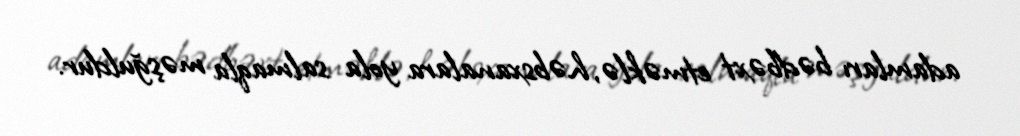
adamları bədbəxt etməklə, həbsxanalara yola salmaqla məşğuldur.